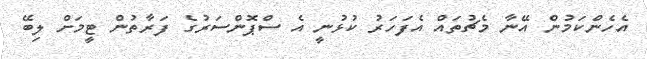
އެހެންކަމުން އޭނާ މެޗުތައް އެފަހަރު ކުޅުނީ އެ ސްޕޮންސަރުގެ ފަރާތުން ޓީމަށް ލިބޭ